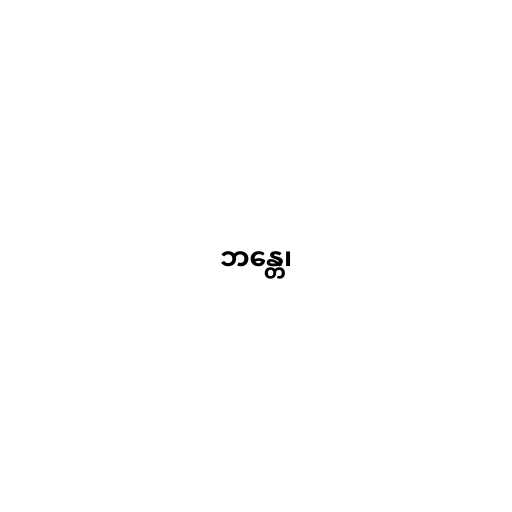
ဘန္တေ၊